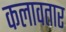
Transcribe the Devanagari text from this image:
कलावतार